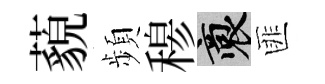
藐頻𥠇裔匪